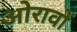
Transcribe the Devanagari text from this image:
ओरावों